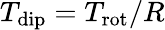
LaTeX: T_{\mathrm{dip}}=T_{\mathrm{rot}}/R